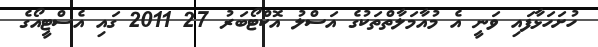
ހުށަހަޅާފައި ވަނީ އެ މުއާމަލާތްތަކުގެ އަސްލު އޮކްޓޯބަރު 27 2011 ގައި އެސްޓީއޯގެ